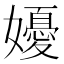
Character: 𭒩